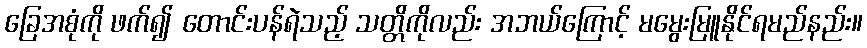
ခြေအစုံကို ဖက်၍ တောင်းပန်ရဲသည့် သတ္တိကိုလည်း အဘယ်ကြောင့် မမွေးမြူနိုင်ရမည်နည်း။